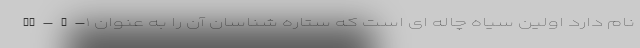
us-X-۱ نام دارد اولین سیاه چاله ای است که ستاره شناسان آن را به عنوان